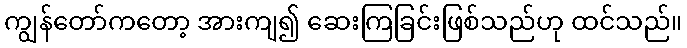
ကျွန်တော်ကတော့ အားကျ၍ ဆေးကြခြင်းဖြစ်သည်ဟု ထင်သည်။